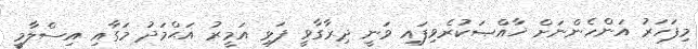
މިފަހަރު އަންހެންނަށް ޚާއްޞަކުރެވިފައި ވަނީ ދިރާގާވީ ފަޅި އަމީރު އަޙްމަދު މަގާއި އިސްލާމީ